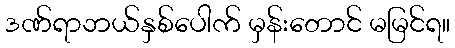
ဒဏ်ရာဘယ်နှစ်ပေါက် မှန်းတောင် မမြင်ရ။